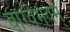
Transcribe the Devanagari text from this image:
वाग्वैभवम्